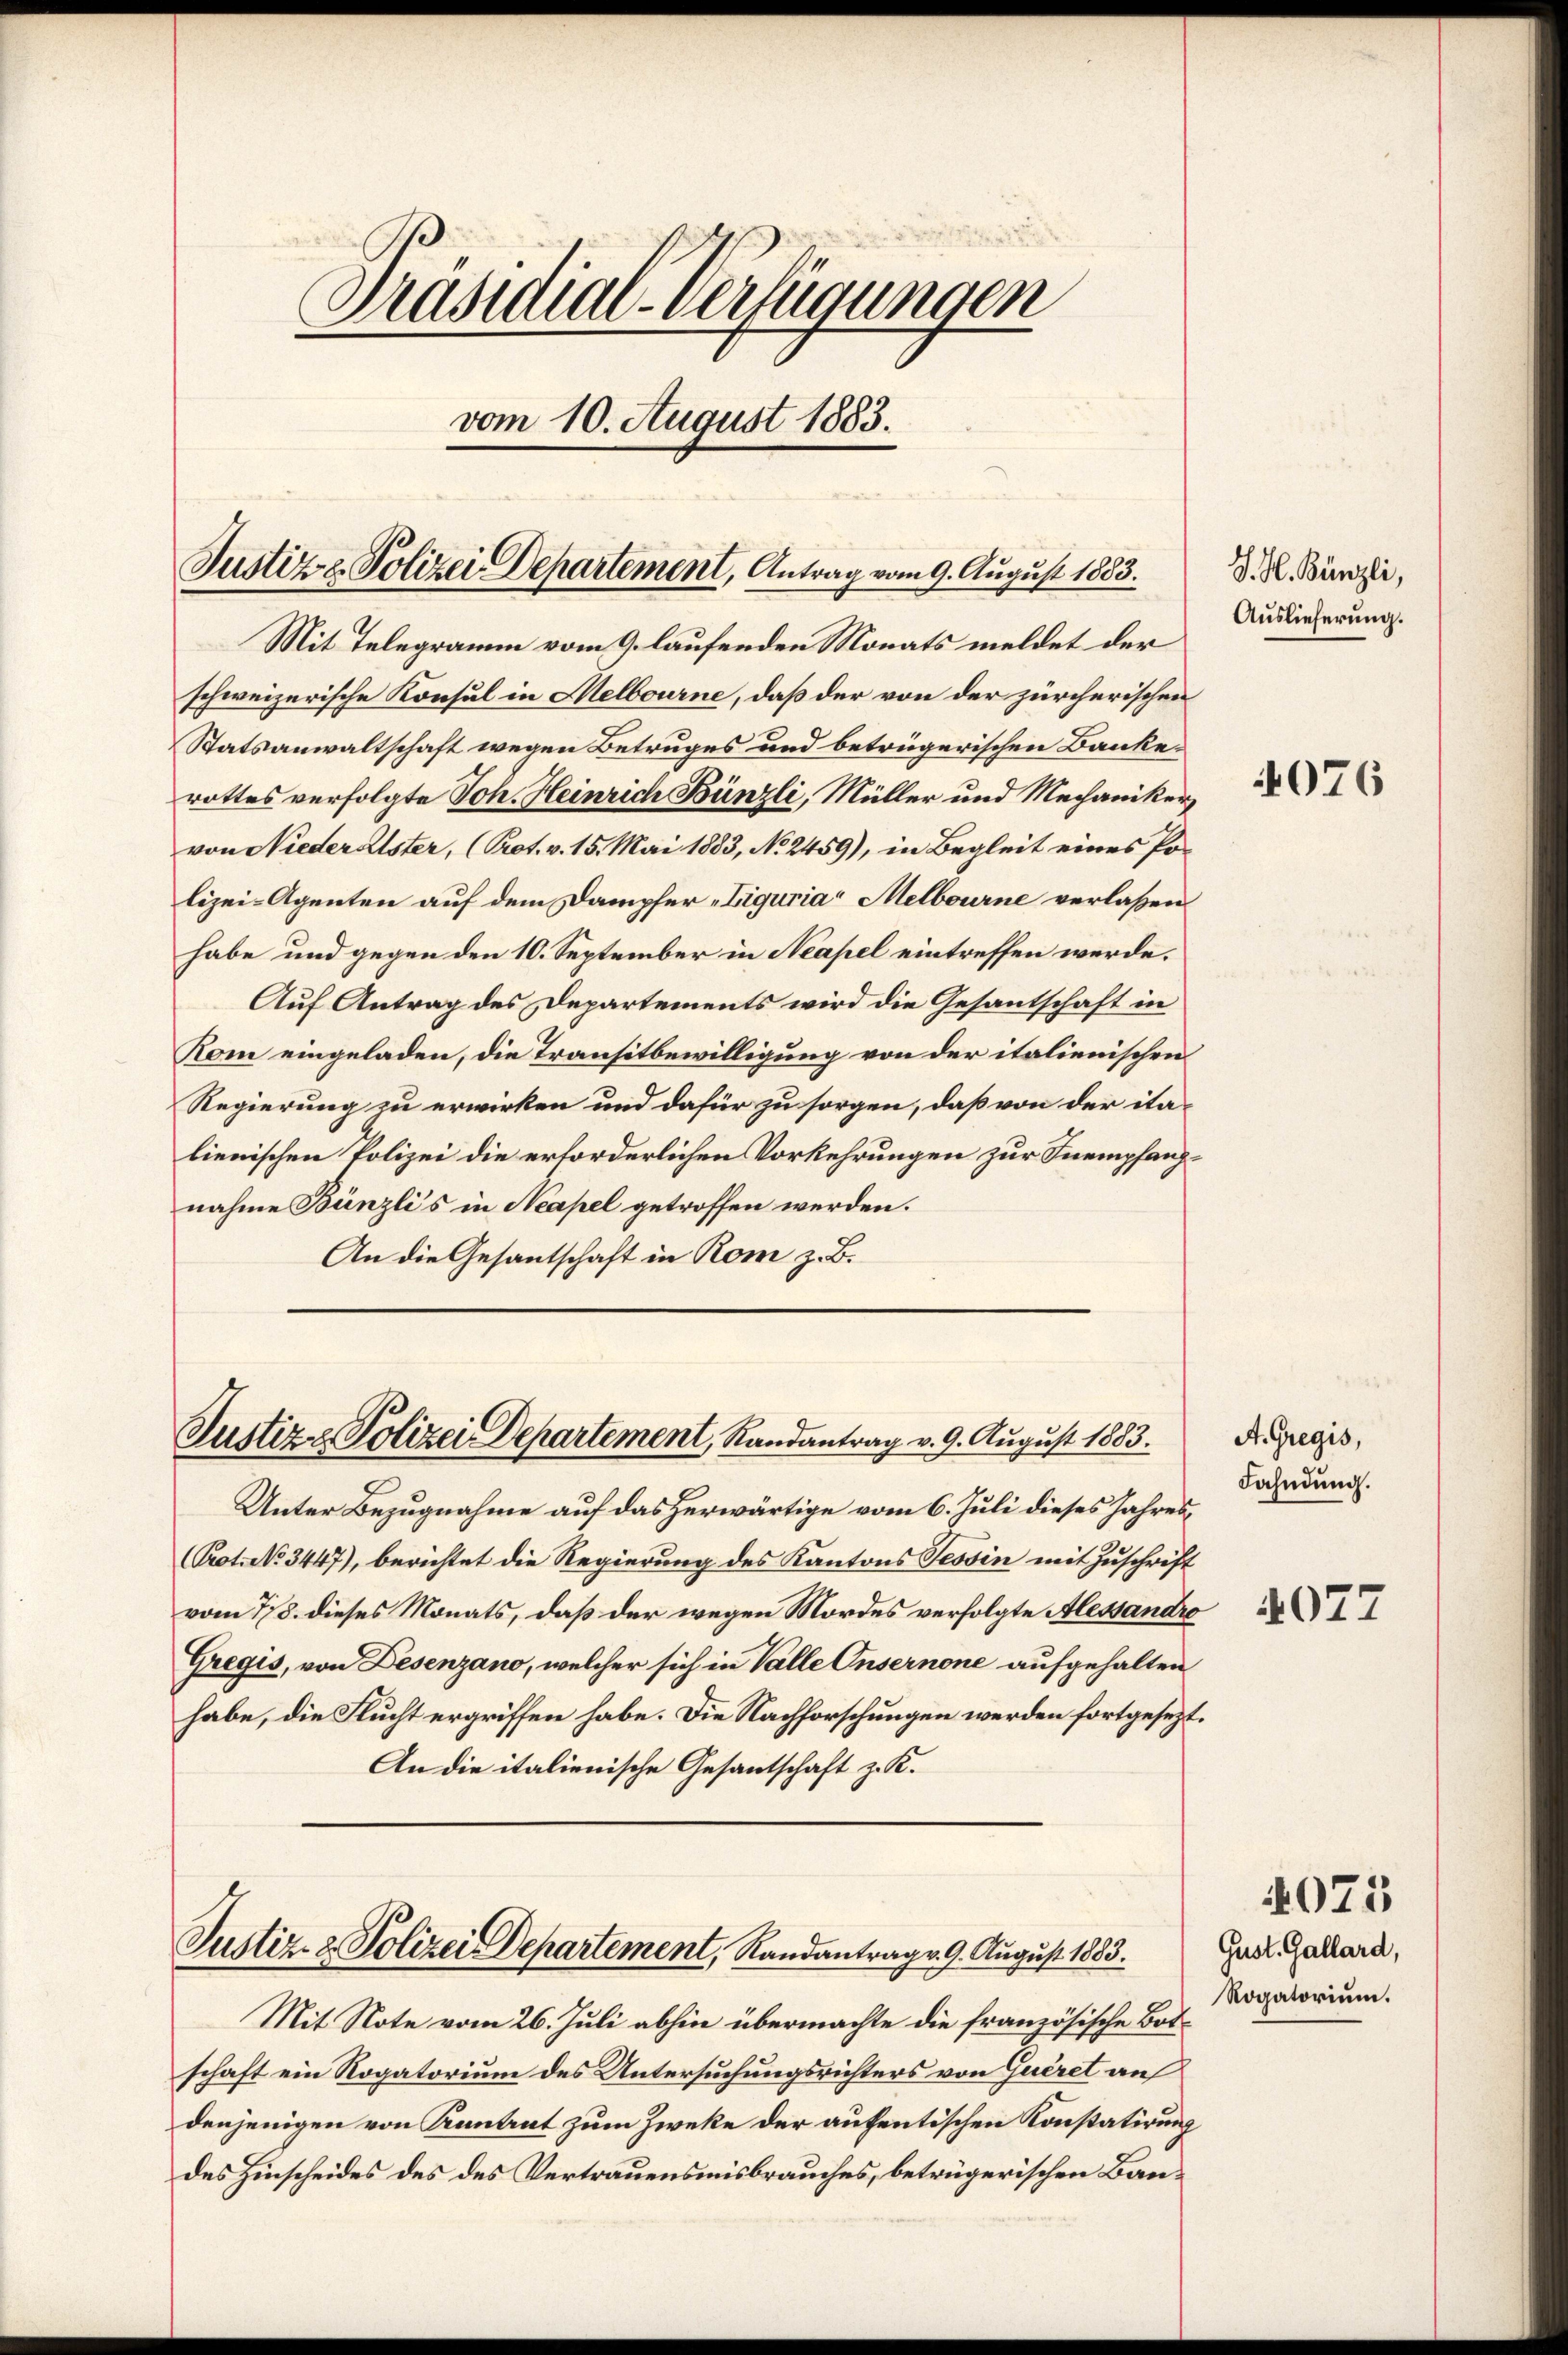
Präsidial-Verfügungen
.
vom 10. August 1883.

Mit Telegramm vom 9. laufenden Monats meldet der
schweizerische Konsul in Melbourne, daß der von der zürcherischen
Statsanwaltschaft wegen Betruges und betrügerischen Bankerottes verfolgte Joh. Heinrich Bünzli, Müller und Mechanikervon Niederalster, (Prot. v. 15. Mai 1883, No 2459), in Begleit eines Polizei-Agenten auf dem Dampfer-Liguria“ Melbourne verlassen
habe und gegen den 10. September in Neapel eintreffen werde.
Auf Antrag des Departements wird die Gesantschaft in
Kom eingeladen, die Transitbewilligung von der italienischen
Regierung zu erwirken und dafür zu sorgen, daß von der ita-
lienischen Polizei die erforderlichen Vorkehrungen zur Inempfangnahme Bünzli’s in Neapel getroffen werden.
An die Gesantschaft in Rom z. B.

Unter Bezugnahme auf das herwärtige vom 6. Juli dieses Jahres¬
(Prot. No 3447), berichtet die Regierung des Kantons Tessin mit Zuschrift
vom 7/8. dieses Monats, daß der wegen Mordes verfolgte Alessandro
Gregis, von Desenzano, welcher sich in Valle Insernene aufgehalten
habe, die Flucht ergriffen habe. Die Nachforschungen werden fortgesezt.
An die italienische Gesantschaft z. K.

Justiz z. Polizei Departement, Antrag vom 9. August 1883.

Justiz & Polizei Departement, Randantrag v. 9. August 1883.

Justiz- & Polizei Departement, Randantrag v. 9. August 1883.

Mit Note vom 26. Juli abhin übermachte die französische Botschaft ein Rogatorium des Untersuchungsrichters von Queret au
denjenigen von Kuntrut zum Zweke der aufentischen Konstatirung
des Hinscheides des des Vertrauensmisbrauches, betrügerischen Bau¬

J. H. Bünzli,
Auslieferung.

4076

A. Gregis,
Fahndung.

Gust. Gallard,
Rogatorium.

4075